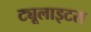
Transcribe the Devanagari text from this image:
ट्यूलाइटस